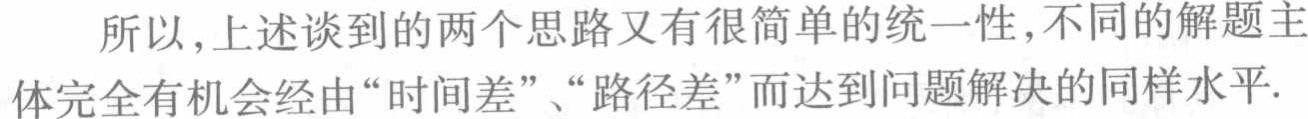
所以,上述谈到的两个思路又有很简单的统一性,不同的解题主体完全有机会经由“时间差”、“路径差”而达到问题解决的同样水平.